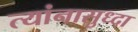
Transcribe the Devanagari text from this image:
त्यांनासुध्दा